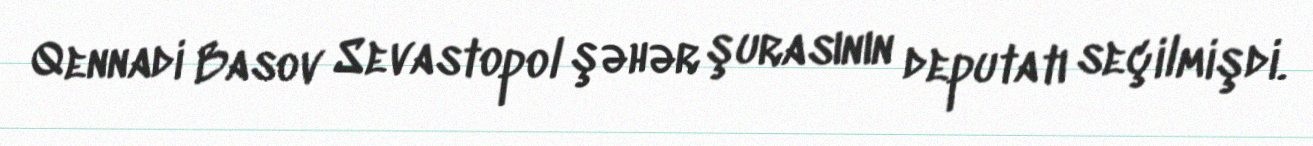
Qennadi Basov Sevastopol şəhər şurasının deputatı seçilmişdi.